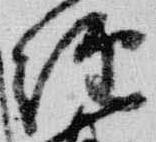
経